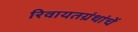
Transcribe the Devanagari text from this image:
रिवायतग्रंथांचें